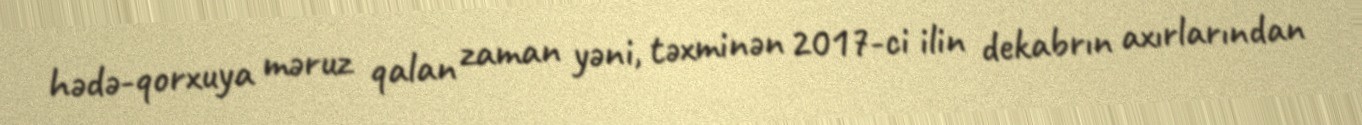
hədə-qorxuya məruz qalan zaman yəni, təxminən 2017-ci ilin dekabrın axırlarından